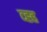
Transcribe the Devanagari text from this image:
व्ह्ह